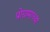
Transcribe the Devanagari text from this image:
प्रोग्रामाच्या